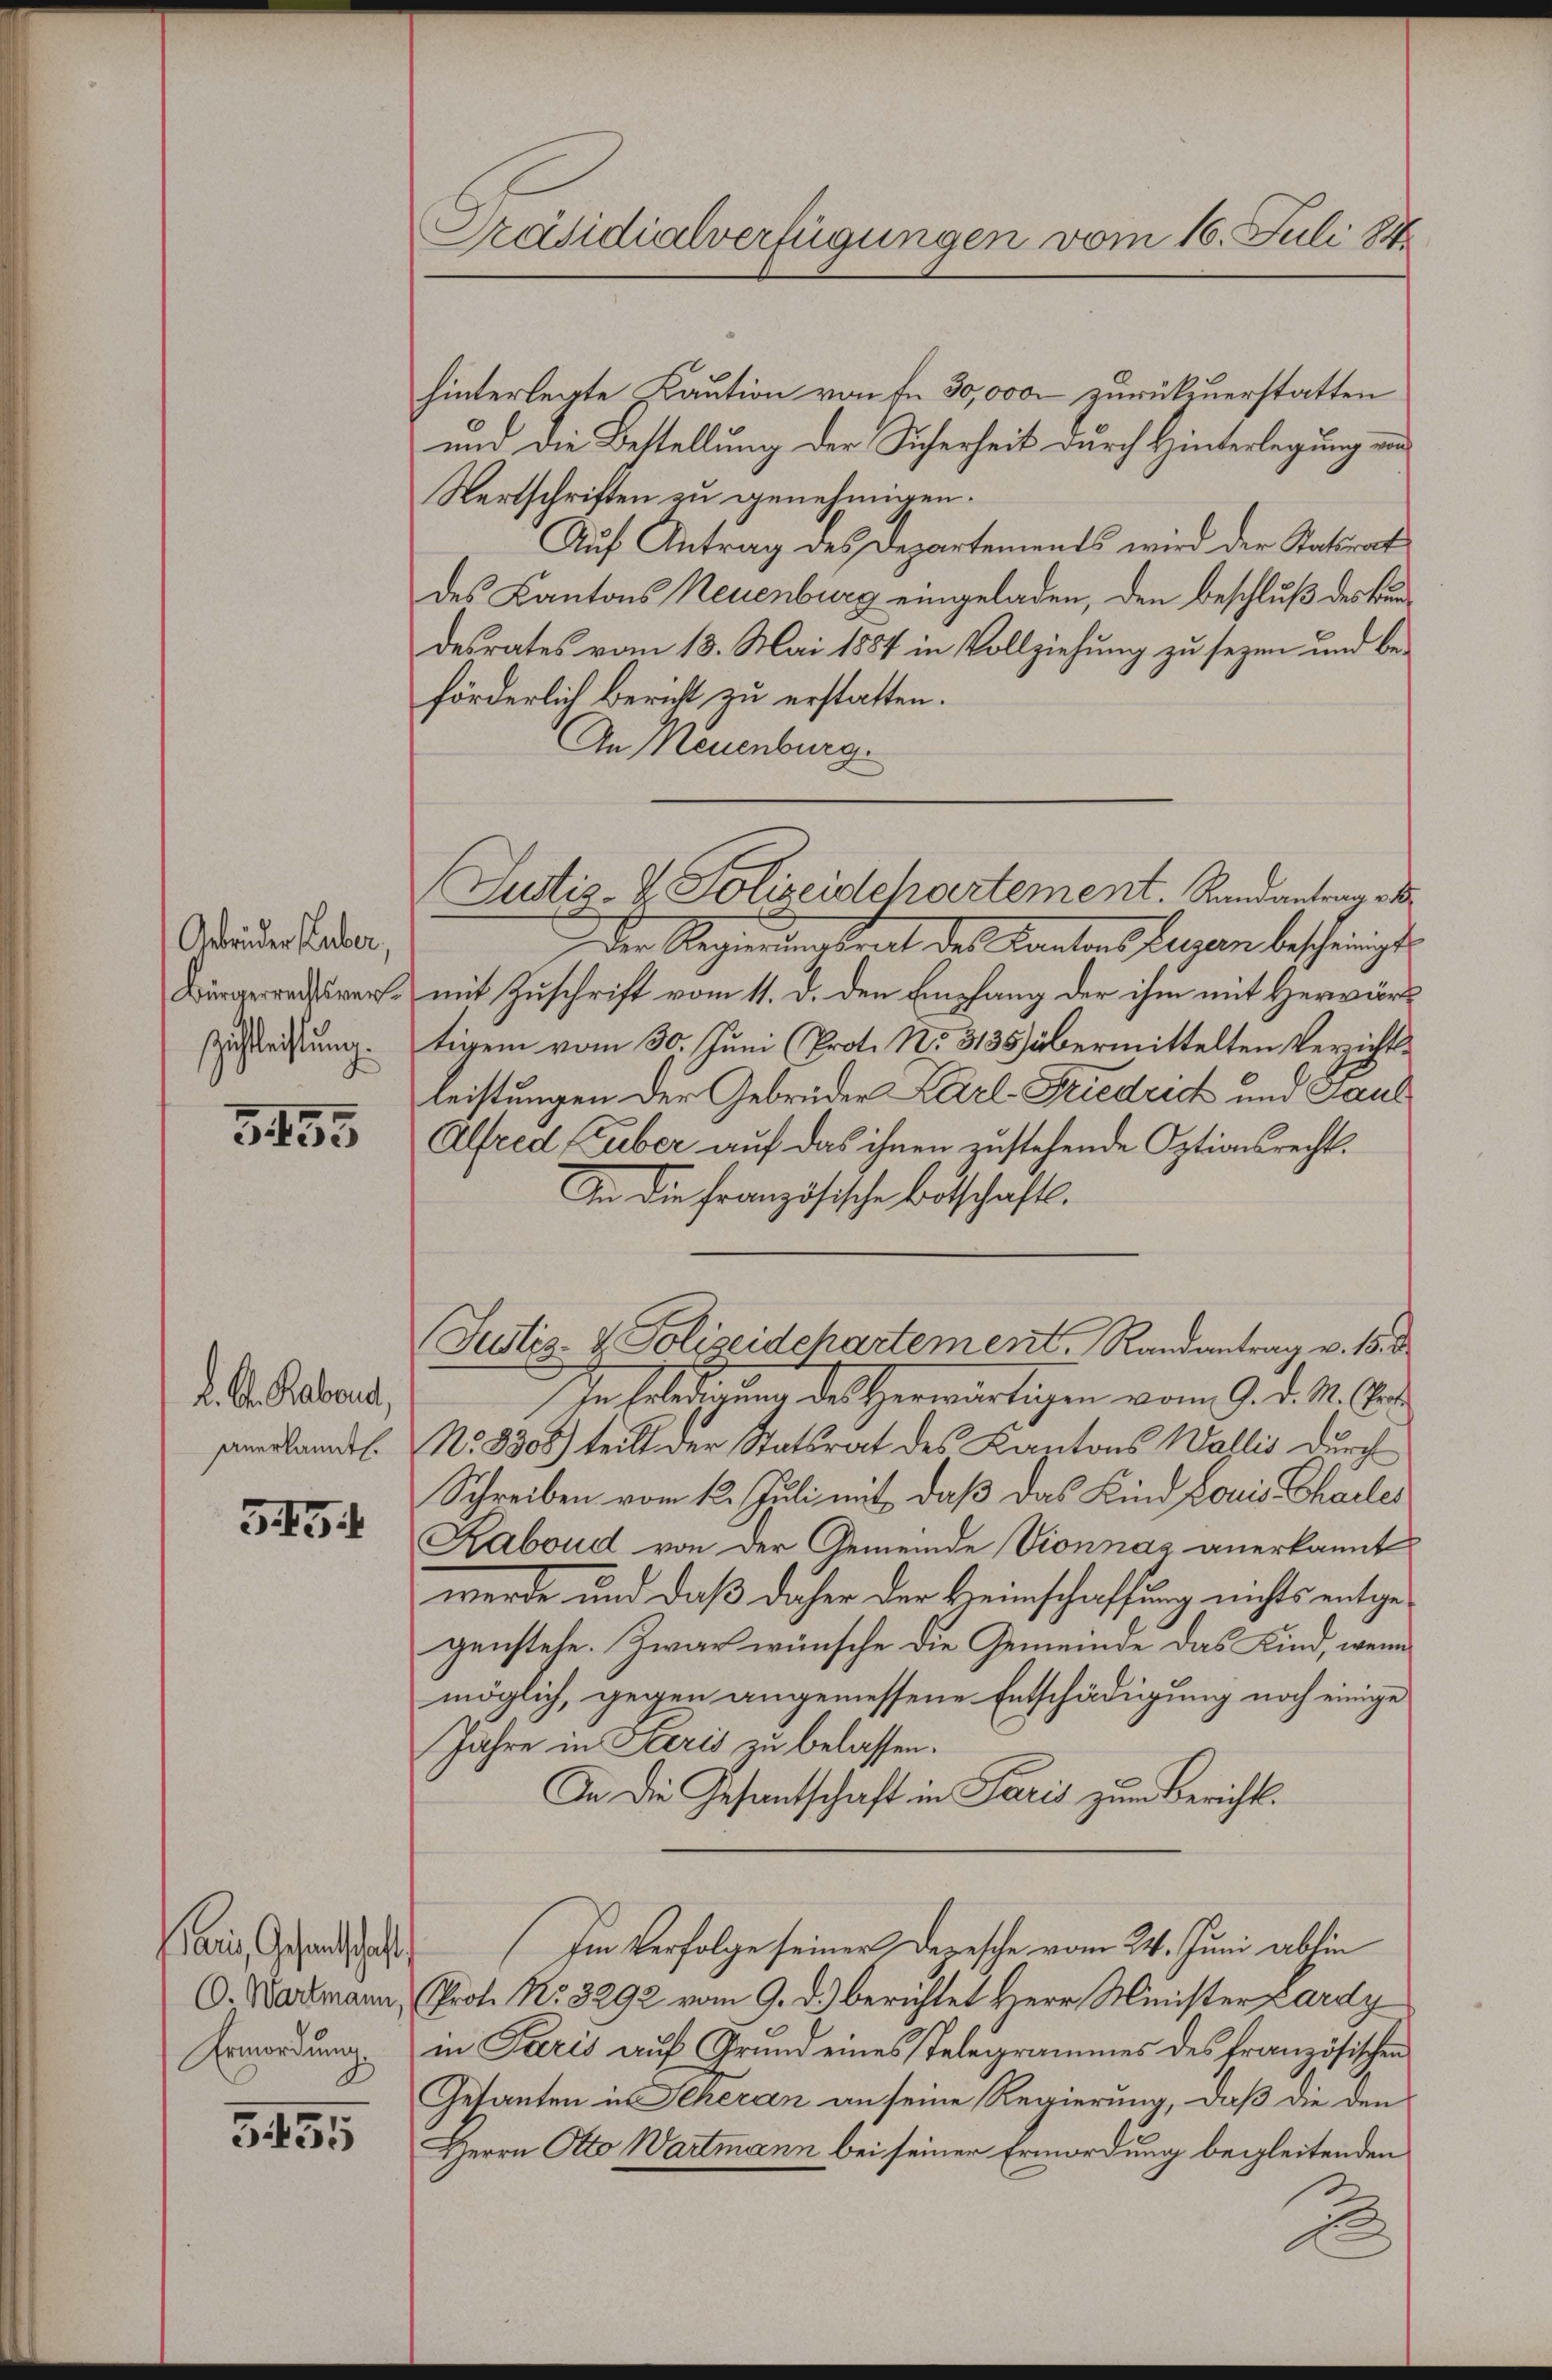
Gebrüder Huber,
Bürgerrechtsveruchleichtung.

3455

K. A. Rabend,
anerkannt.

3454

ais, Gesandtschaft
(O. Wartmann

345

Präsidialverfügungen vom 16. Juli 188

hinterlegte Kaution von fr. 30,000 zurükzuerstatten
und die Bestellung der Sicherheit durch Hinterlegung von
Wertschriften zu genehmigen.
Auf Antrag des Departements wird der Statsrat
des Kantons Neuenburg eingeladen, den beschluß des Bundesrates vom 13. Mai 1884 in Vollziehung zu sezen und beförderlich Bericht zu erstatten.
An Neuenburg.
 Der Regierungstrat des Kantons Luzern bescheinigt
mit Zuschrift vom 11. d. den Empfang der ihm mit Herwärtigem vom 30. Juni (Prot. No. 3135) übermittelten Verzichtsleistungen der Gebrüder Karl-Friedrich um Paul
Alfred (Tuber auf das ihnen zustehende Optionsrecht¬
An die Französische Botschaft.
Justiz- & Polizeidchartement, Randantrag v. 15. d.
In Erledigung des Herwärtigen vom 9. d. M. Aer
No 8308) teilt der Statsrat des Kantons Wallis durch
Schreiben vom 12. Juli mit, daß das Kind Louis Charles
Raboud von der Gemeinde Vionnaz anerkannt
werde und daß daher der Heimschaffung nichts entgegenstehe. Zwar wünsche die Gemeinde das Kind, wenn
möglich, gegen angemessene Entschädigung noch einige
Jahre in Seris zu belassen.
In die Gesantschaft in Paris zum Bericht
Im Verfolge seiner Depesche vom 24. Juni ablie
Prot. No. 3292 vom 9. d.) berichtet Herr Ministerpardy
Ermordung in Paris auf Grund eines Telegrammes des französischen
Getanten in Scheran an seine Regierung, daß die den
Herrn Otto Wartmann bei seiner Ermordung begleitenden
2

Justiz- & Polizeidchartement. Randantrag a